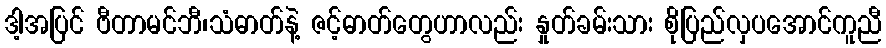
ဒါ့အပြင် ဗီတာမင်ဘီ၊သံဓာတ်နဲ့ ဇင့်ဓာတ်တွေဟာလည်း နှုတ်ခမ်းသား စိုပြည်လှပအောင်ကူညီ